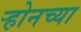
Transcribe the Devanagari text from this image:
ऱ्होनच्या